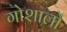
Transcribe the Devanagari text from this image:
गोशालों